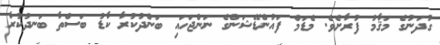
ގުދަނުގެ މަޤާމު ފުރާށެވެ. މެޑަމް ފައުންޑޭޝަންގެ ނަންޖަހައި ބަންދުކުރާ ކާޑު ބަސްތާ ބަނދުކުރާ